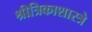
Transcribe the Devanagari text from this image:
श्रीत्रिकाशास्त्रे